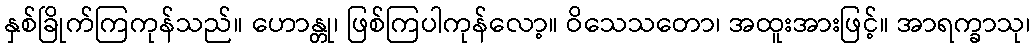
နှစ်ခြိုက်ကြကုန်သည်။ ဟောန္တု၊ ဖြစ်ကြပါကုန်လော့။ ဝိသေသတော၊ အထူးအားဖြင့်။ အာရက္ခာသု၊